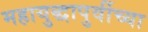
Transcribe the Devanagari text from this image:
महायुद्धापुर्वीच्या